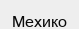
Мехико